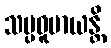
သမ္ပဓူမာယန္တိ